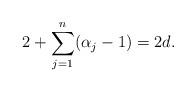
LaTeX: \begin{align*}2+\sum_{j=1}^n(\alpha_j-1)=2d.\end{align*}